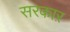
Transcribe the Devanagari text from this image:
सरकाऱ